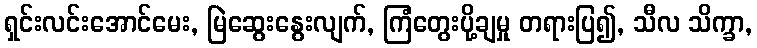
ရှင်းလင်းအောင်မေး, မြဲဆွေးနွေးလျက်, ကြံတွေးပို့ချမှု တရားပြ၍, သီလ သိက္ခာ,